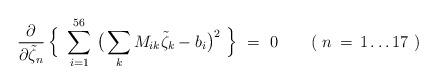
LaTeX: \begin{align*} \frac{\partial}{\partial\tilde{\zeta}_n}\, \Big\{ \ \sum_{i=1}^{56} \,\big( \sum_k M_{ik}\tilde{\zeta}_k - b_i \big)^2 \ \Big\} \ =\ 0 \qquad (\ n \,=\, 1 \ldots 17 \ )\end{align*}